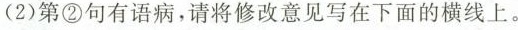
(2)第②句有语病，请将修改意见写在下面的横线上。